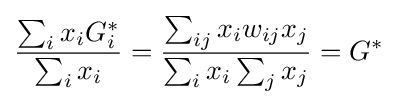
{\frac {\sum _{i}x_{i}G_{i}^{*}}{\sum _{i}x_{i}}}={\frac {\sum _{ij}x_{i}w_{ij}x_{j}}{\sum _{i}x_{i}\sum _{j}x_{j}}}=G^{*}